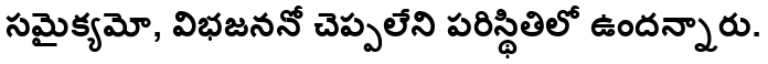
సమైక్యమో, విభజననో చెప్పలేని పరిస్థితిలో ఉందన్నారు.